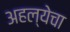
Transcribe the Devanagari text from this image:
अहल्येचा